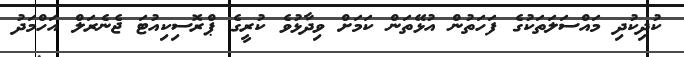
ކުދިކުދި މައްސަލަތަކުގެ ފަހަތުން އުޅޭތަން ކަމަށް ވިދާޅުވެ ކުރީގެ ޕްރޮސިކިއުޓަ ޖެނެރަލް އަހްމަދު